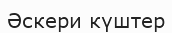
Әскери күштер